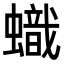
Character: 蟙